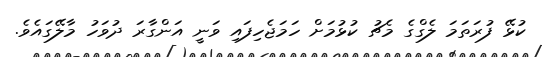
ކުޅޭ ފުރަތަމަ ލެގްގެ މެޗު ކުޅުމަށް ހަމަޖެހިފައި ވަނީ އަންގާރަ ދުވަހު މާލޭގައެވެ.